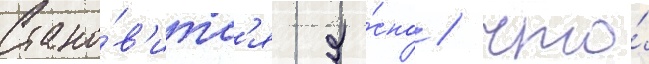
Стано́в'итс'я я́сно / что́